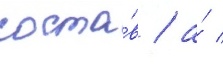
соста́в / а́ /